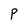
Character: P